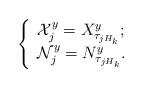
LaTeX: \begin{align*}\left\{\begin{array}{l} \mathcal{X}_j^y=X^y_{\tau_{jH_k}};\\ \mathcal{N}_j^y=N^y_{\tau_{jH_k}}. \end{array}\right.\end{align*}